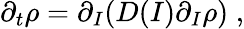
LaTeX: \partial_{t}\rho=\partial_{I}(D(I)\partial_{I}\rho)\; ,